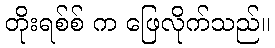
တိုးရစ်စ် က ဖြေလိုက်သည်။